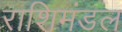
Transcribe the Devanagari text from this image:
राशिमंडल